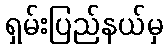
ရှမ်းပြည်နယ်မှ